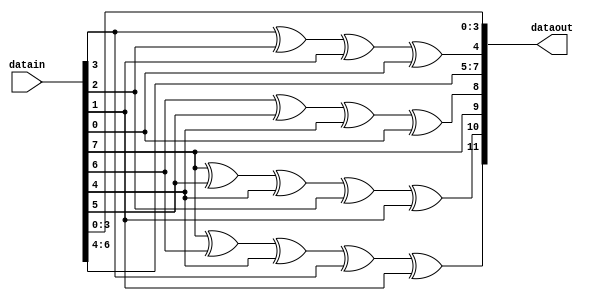
module HammingCode(datain, dataout);

input [7:0] datain;
output [11:0] dataout;

assign dataout[11] = datain[7]^datain[6]^datain[4]^datain[3]^datain[1];
assign dataout[10] = datain[7]^datain[5]^datain[4]^datain[2]^datain[1];
assign dataout[9] = datain[7];
assign dataout[8] = datain[6]^datain[5]^datain[4]^datain[0];
assign dataout[7] = datain[6];
assign dataout[6] = datain[5];
assign dataout[5] = datain[4];
assign dataout[4] = datain[3]^datain[2]^datain[1]^datain[0];
assign dataout[3] = datain[3];
assign dataout[2] = datain[2];
assign dataout[1] = datain[1];
assign dataout[0] = datain[0]; 

endmodule